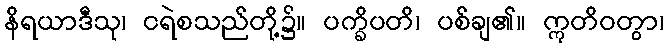
နိရယာဒီသု၊ ငရဲစသည်တို့၌။ ပက္ခိပတိ၊ ပစ်ချ၏။ ဣတိဝတွာ၊